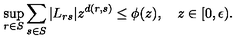
\sup _ { r \in S } { \sum _ { s \in S } { | L _ { r s } | z ^ { d ( r , s ) } \le \phi ( z ) } } , \quad z \in [ 0 , \epsilon ) .